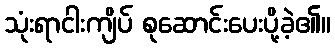
သုံးရာငါးကျိပ် စုဆောင်းပေးပို့ခဲ့၏။